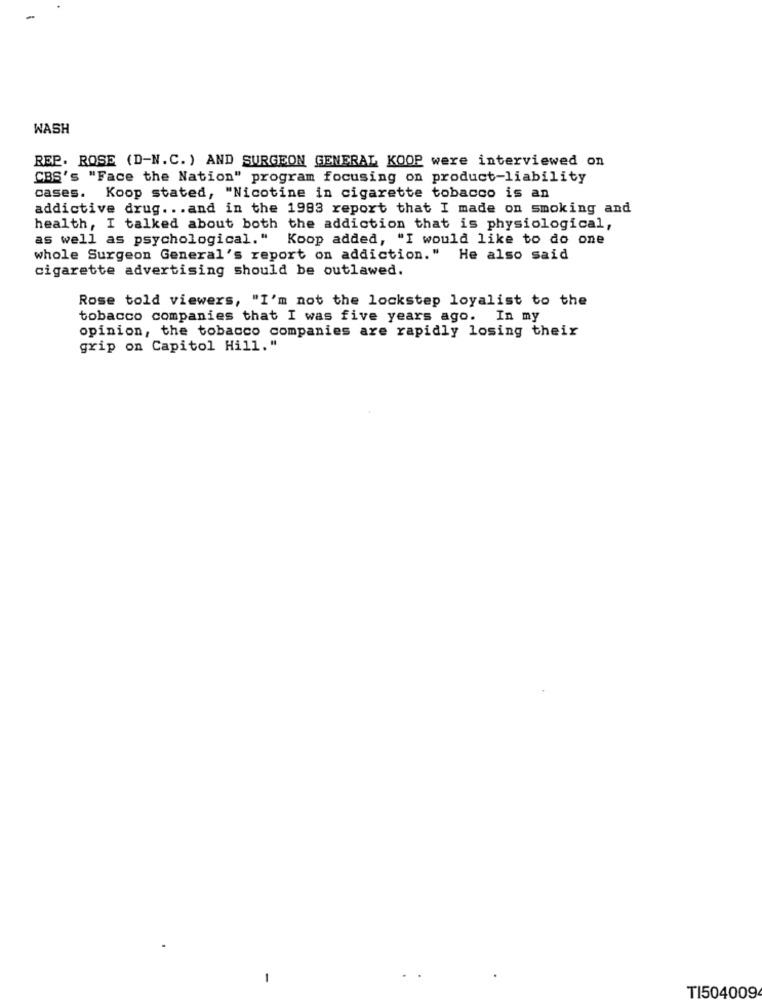
WASH
REP. ROSE (D-N. C. ) AND SURGEON GENERAL KOOP were interviewed on
CBS's "Face the Nation" program focusing on product-liability
cases.
Koop stated, "Nicotine in cigarette tobacco is an
addictive drug ... and in the 1983 report that I made on smoking and
health, I talked about both the addiction that is physiological,
as well as psychological." Koop added, "I would like to do one
whole Surgeon General's report on addiction."
He also said
cigarette advertising should be outlawed.
Rose told viewers, "I'm not the lockstep loyalist to the
tobacco companies that I was five years ago. In my
opinion, the tobacco companies are rapidly losing their
grip on Capitol Hill. "
-
TI504009